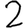
Digit: 2